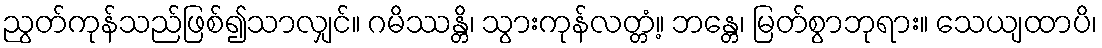
ညွတ်ကုန်သည်ဖြစ်၍သာလျှင်။ ဂမိဿန္တိ၊ သွားကုန်လတ္တံ့။ ဘန္တေ၊ မြတ်စွာဘုရား။ သေယျထာပိ၊